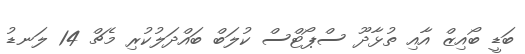
ބަޑީ ބޯއިޒް އާއި ތުޅާދޫ ސްޕޯޓްސް ކުލަބް ބައްދަލުކުރި މެޗް 14 ލަނޑު